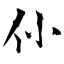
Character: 仦